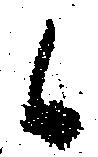
候